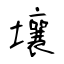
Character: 壤